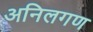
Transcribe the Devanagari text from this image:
अनिलगण